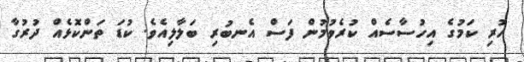
ހުރި ކަމުގެ އިހުސާސެއް ކުރެވުމުން ފަސް އެނބުރި ބަލާލިއެވެ. ކުޑަ ތަންކޮޅެއް ދުރުގާ